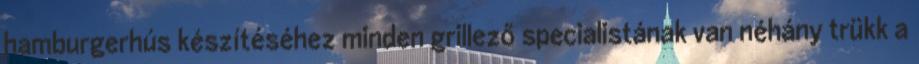
hamburgerhús készítéséhez minden grillező specialistának van néhány trükk a